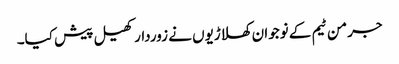
جرمن ٹیم کے نوجوان کھلاڑیوں نے زوردار کھیل پیش کیا۔